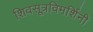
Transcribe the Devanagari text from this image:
शिवसूत्रविमर्शिनी